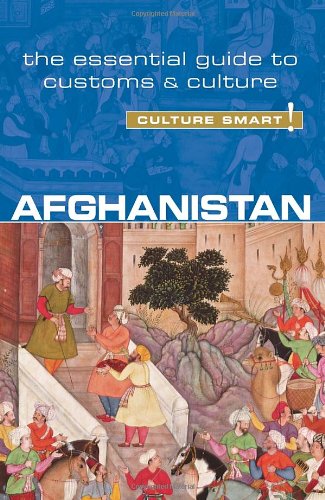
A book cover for Afghanistan - Culture Smart!: The Essential Guide to Customs & Culture; Nazes Afroz; Travel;